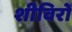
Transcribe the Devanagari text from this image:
शीविरों